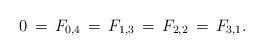
LaTeX: \begin{align*}0\,=\,F_{0,4}\,=\,F_{1,3}\,=\,F_{2,2}\,=\,F_{3,1}.\end{align*}